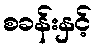
စခန်းနှင့်